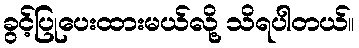
ခွင့်ပြုပေးထားမယ်လို့ သိရပါတယ်။